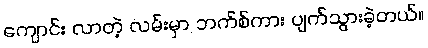
ကျောင်း လာတဲ့ လမ်းမှာ ဘက်စ်ကား ပျက်သွားခဲ့တယ်။